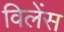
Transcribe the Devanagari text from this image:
विलेंस